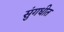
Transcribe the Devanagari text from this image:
सुंगधीत